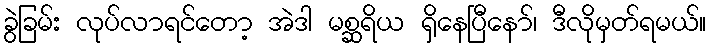
ခွဲခြမ်း လုပ်လာရင်တော့ အဲဒါ မစ္ဆရိယ ရှိနေပြီနော်၊ ဒီလိုမှတ်ရမယ်။